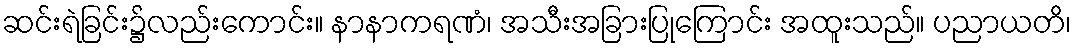
ဆင်းရဲခြင်း၌လည်းကောင်း။ နာနာကရဏံ၊ အသီးအခြားပြုကြောင်း အထူးသည်။ ပညာယတိ၊